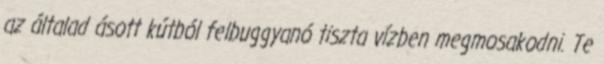
az általad ásott kútból felbuggyanó tiszta vízben megmosakodni. Te